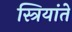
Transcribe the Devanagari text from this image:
स्त्रियांते